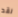
لقد